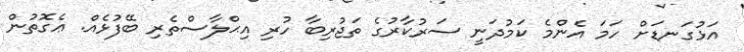
އަޅުގަނޑަށް ހަމަ އެންމެ ކަމުދަނީ ސަރުކާރުގެ ތަޖުރިބާ ހުރި އިޙްލާސްތެރި ބޭފުޅެއް. ޢެގޮތުން